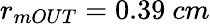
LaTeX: r_{mOUT}=0.39~cm